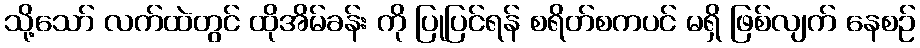
သို့သော် လက်ထဲတွင် ထိုအိမ်ခန်း ကို ပြုပြင်ရန် စရိတ်စကပင် မရှိ ဖြစ်လျက် နေစဉ်